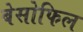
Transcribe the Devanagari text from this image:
बेसोफिल